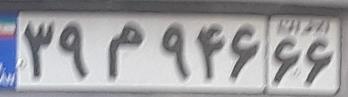
۳۹م۹۴۶۶۶